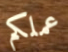
عملكم